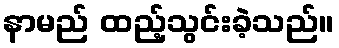
နာမည် ထည့်သွင်းခဲ့သည်။